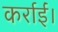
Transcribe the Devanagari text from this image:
कर्राईं।